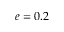
e = 0 . 2